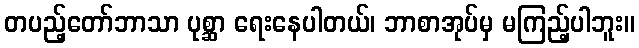
တပည့်တော်ဘာသာ ပုစ္ဆာ ရေးနေပါတယ်၊ ဘာစာအုပ်မှ မကြည့်ပါဘူး။